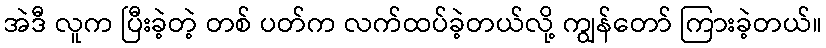
အဲဒီ လူက ပြီးခဲ့တဲ့ တစ် ပတ်က လက်ထပ်ခဲ့တယ်လို့ ကျွန်တော် ကြားခဲ့တယ်။